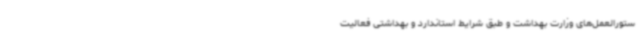
ستورالعمل‌های وزارت بهداشت و طبق شرایط استاندارد و بهداشتی فعالیت